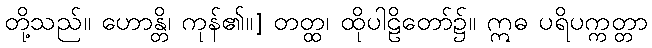
တို့သည်။ ဟောန္တိ၊ ကုန်၏။] တတ္ထ၊ ထိုပါဠိတော်၌။ ဣဓ ပရိပက္ကတ္တာ